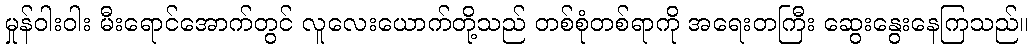
မှုန်ဝါးဝါး မီးရောင်အောက်တွင် လူလေးယောက်တို့သည် တစ်စုံတစ်ရာကို အရေးတကြီး ဆွေးနွေးနေကြသည်။